Report on the administration of the Government Cinchona Department 1892-98
Year: 1892
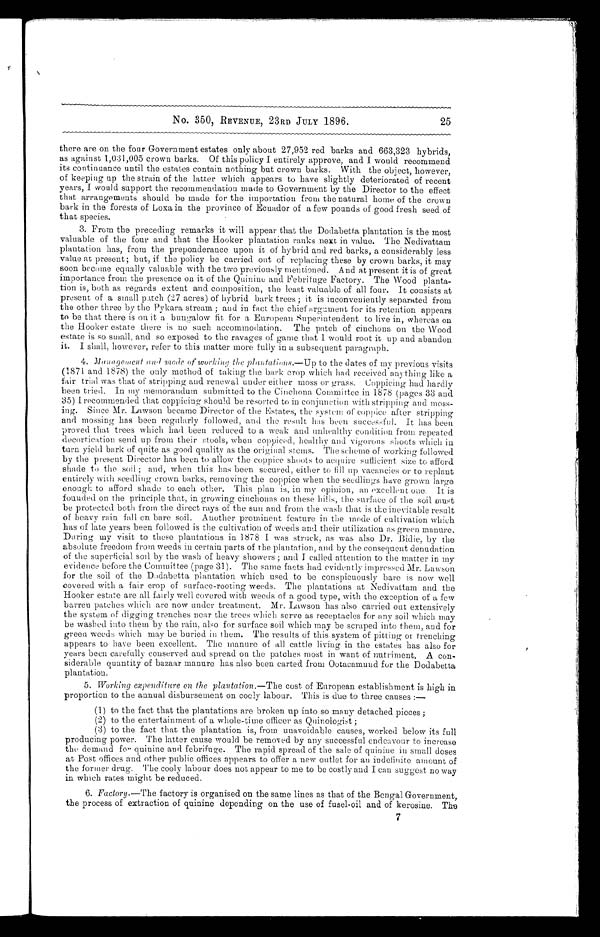
No. 350, REVENUE, 23RD JULY 1896. 25
there are on the four Government estates only about 27,952 red barks and 663,323 hybrids,
as against 1,031,005 crown barks. Of this policy I entirely approve, and I would recommend
its continuance until the estates contain nothing but crown barks. With the object, however,
of keeping up the strain of the latter which appears to have slightly deteriorated of recent
years, I would support the recommendation made to Government by the Director to the effect
that arrangements should he made for the importation from the natural home of the crown
bark in the forests of Loxa in the province of Ecuador of a few pounds of good fresh seed of
that species.
3. From the preceding remarks it will appear that the Dodabetta plantation is the most
valuable of the four and that the Hooker plantation ranks next in value. The Nedivattam
plantation has, from the preponderance upon it of hybrid and red barks, a considerably less
value at present; but, if the policy be carried out of replacing these by crown barks, it may
soon become equally valuable with the two previously mentioned. And at present it is of great
importance from the presence on it of the Quinine and Febrifuge Factory. The Wood planta-
tion is, both as regards extent and composition, the least valuable of all four. It consists at
present of a small patch (27 acres) of hybrid bark trees ; it is inconveniently separated from
the other three by the Pykara stream ; and in fact the chief argument for its retention appears
to be that there is on it a bungalow fit for a European superintendent to live in, whereas on
the Hooker estate there is no such accommodation. The patch of cinchona on the Wood
estate is so small, and so exposed to the ravages of game that I would root it up and abandon
it. I shall, however, refer to this matter more fully in a subsequent paragraph.
4. Management and mode of working the plantations.— Up to the dates of my previous visits
(1871 and. 1878) the only method of taking the bark crop which had received anything like a
fair trial was that of stripping and. renewal under either moss Or grass. Coppicing had hardly
been tried. In my memorandum submitted to the Cinchona, Committee in 1878 (pages 33 and.
35) I recommended that coppicing should be resorted to in conjunction with stripping and moss
ing. Since Mr. Lawson became Director of the Estates, the system of coppice after stripping
and mossing; has been regularly followed, and the result has been successful. It has been
proved that trees which had been reduced to a weak and unhealthy condition from repeated
decortication send up from their stools, when coppiced, healthy and vigorous shoots which in
turn yield bark of quite as good quality as the original stems. The scheme of working followed
by the present Director has been to allow the coppice shoots to acquire sufficient size to afford
shade to the soil ; and, when this has been secured, either to till up vacancies or to replant
entirely with seedling crown barks, removing the coppice when the seedlings have grown large
enough to afford shade to each other. This plan is, in my opinion, an excellent one. It is
founded on the principle that, in growing cinchonas on these hills, the surface of the soil must
be protected both from the direct rays of the sun and from the wash that is the inevitable result
of heavy rain fall on bare soil. Another prominent feature in the mode of cultivation which
has of late years been followed is the cultivation of weeds and their utilization as green manure.
During my visit to these plantations in 1878 I was struck, as was also Dr. Bidie, by the
absolute freedom from weeds in certain parts of the plantation, and by the consequent denudation
of the superficial soil by the wash of heavy showers ; and I called attention to the matter in my
evidence before the Committee (page 31). The same facts had evidently impressed Mr. Lawson
for the soil of the Dodabetta plantation which used to be conspicuously bare is now well
covered with a fair crop of surface-rooting weeds. The plantations at Nedivattam and the
Hooker estate are all fairly well covered with weeds of a good type, with the exception of a few
barren patches which are now under treatment. Mr. Lawson has also carried out extensively
the system of digging trenches near the trees which serve as receptacles for any soil which may
be washed into them by the rain, also for surface soil which may be scraped into them, and for
green weeds which may be buried in them. The results of this system of pitting or trenching
appears to have been excellent. The manure of all cattle living in the estates has also for
years been carefully conserved and spread on the patches most in want of nutriment. A con
siderable quantity of bazaar manure has also been carted from Ootacamund for the Dodabetta
plantation.
5. Working expenditure on the plantation.— The cost of European establishment is high in
proportion to the annual disbursement on cooly labour. This is due to three causes
(1) to the fact that the plantations are broken up into so many detached pieces ;
(2) to the entertainment of a whole-time officer as Quinologist ;
(3) to the fact that the plantation is, from unavoidable causes, worked below its full
producing power. The latter cause would be remo v ed by any successful endeavour to increase
the demand for quinine and febrifuge. The rapid spread of the sale of quinine in small doses
at Post offices and other public offices appears to offer a new outlet for an indefinite amount of
the former drug. The cooly labour does not appear to me to be costly and I can suggest no way
in which rates might be reduced.
6. Factory—The factory is organised on the same lines as that of the Bengal Government,
the process of extraction of quinine depending on the use of fusel-oil and of kerosine. The
7